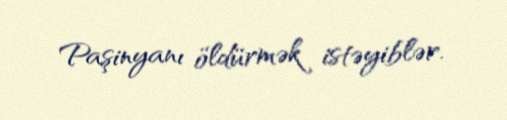
Paşinyanı öldürmək istəyiblər.